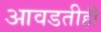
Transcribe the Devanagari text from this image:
आवडतीही